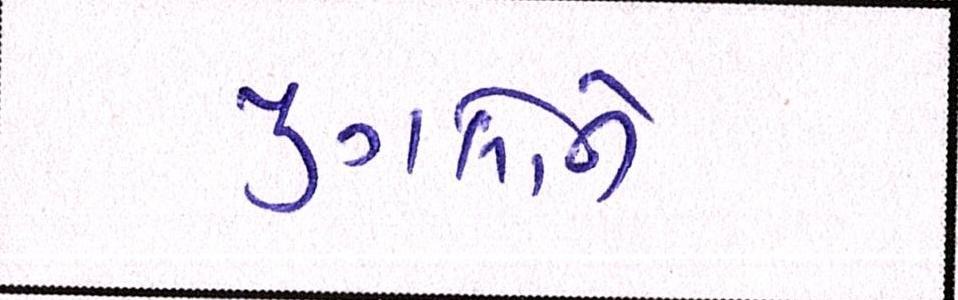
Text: યુગલોને